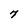
Character: 7